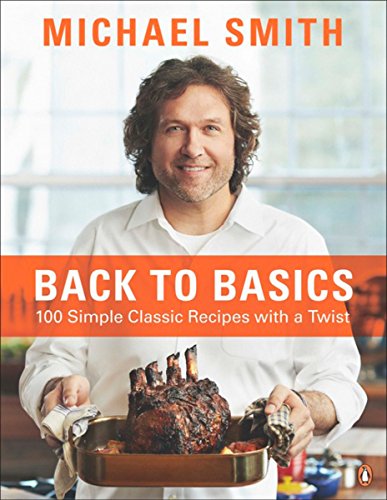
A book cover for Back To Basics: 100 Simple Classic Recipes With A Twist; Michael Smith; Cookbooks, Food & Wine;